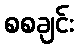
စစချင်း